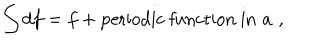
LaTeX: \int d f = f + \mathrm { p e r i o d i c ~ f u n c t i o n ~ i n } \, \, a \, \, ,